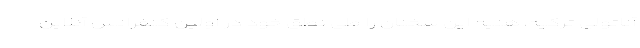
آناتولی ترکیه، هنیه این سخنان را طی نطق خود در اولین کنفرانس آنلاین